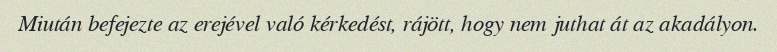
Miután befejezte az erejével való kérkedést, rájött, hogy nem juthat át az akadályon.